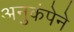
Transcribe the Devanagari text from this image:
अनुकंपेने